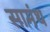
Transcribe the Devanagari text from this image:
सामंथ